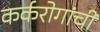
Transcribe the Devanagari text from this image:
कर्करोगांची